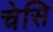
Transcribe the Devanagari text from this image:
चेसि